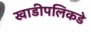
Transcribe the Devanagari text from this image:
खाडीपलिकडे